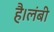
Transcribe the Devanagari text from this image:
है।लंबी